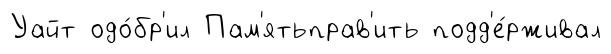
Уайт одо́бр'ил Пам'ятьправ'ить подд'е́рживал